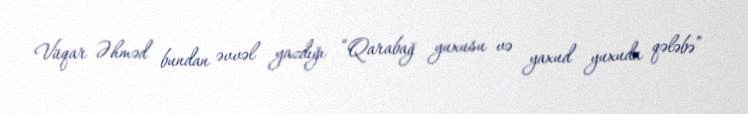
Vüqar Əhməd bundan əvvəl yazdığı “Qarabağ yuxusu və yaxud yuxuda qələbə”